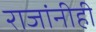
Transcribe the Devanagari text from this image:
राजांनीही